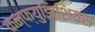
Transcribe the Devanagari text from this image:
कन्फ्युझिशियस